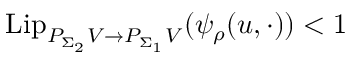
\mathrm { L i p } _ { P _ { \Sigma _ { 2 } } V \to P _ { \Sigma _ { 1 } } V } ( \psi _ { \rho } ( u , \cdot ) ) < 1